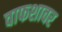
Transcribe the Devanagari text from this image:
वाफशावर